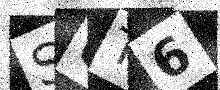
Text: SUT6